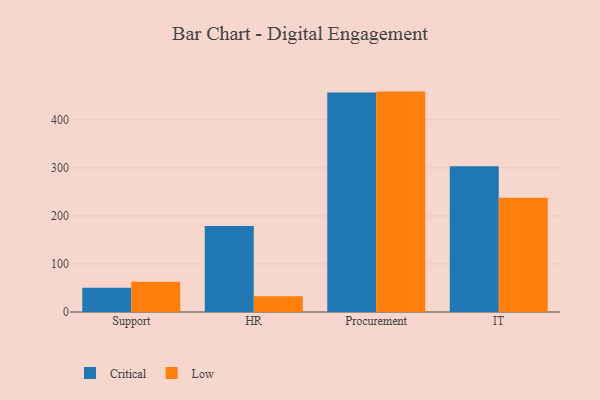
{"axis": {"x": "Department", "y": "Population (Million)"}, "legend": ["Critical", "Low"], "data": [{"x": "Support", "y": 50.3, "type": "Critical"}, {"x": "Support", "y": 62.9, "type": "Low"}, {"x": "HR", "y": 179.1, "type": "Critical"}, {"x": "HR", "y": 32.8, "type": "Low"}, {"x": "Procurement", "y": 456.9, "type": "Critical"}, {"x": "Procurement", "y": 458.9, "type": "Low"}, {"x": "IT", "y": 303.4, "type": "Critical"}, {"x": "IT", "y": 237.9, "type": "Low"}]}